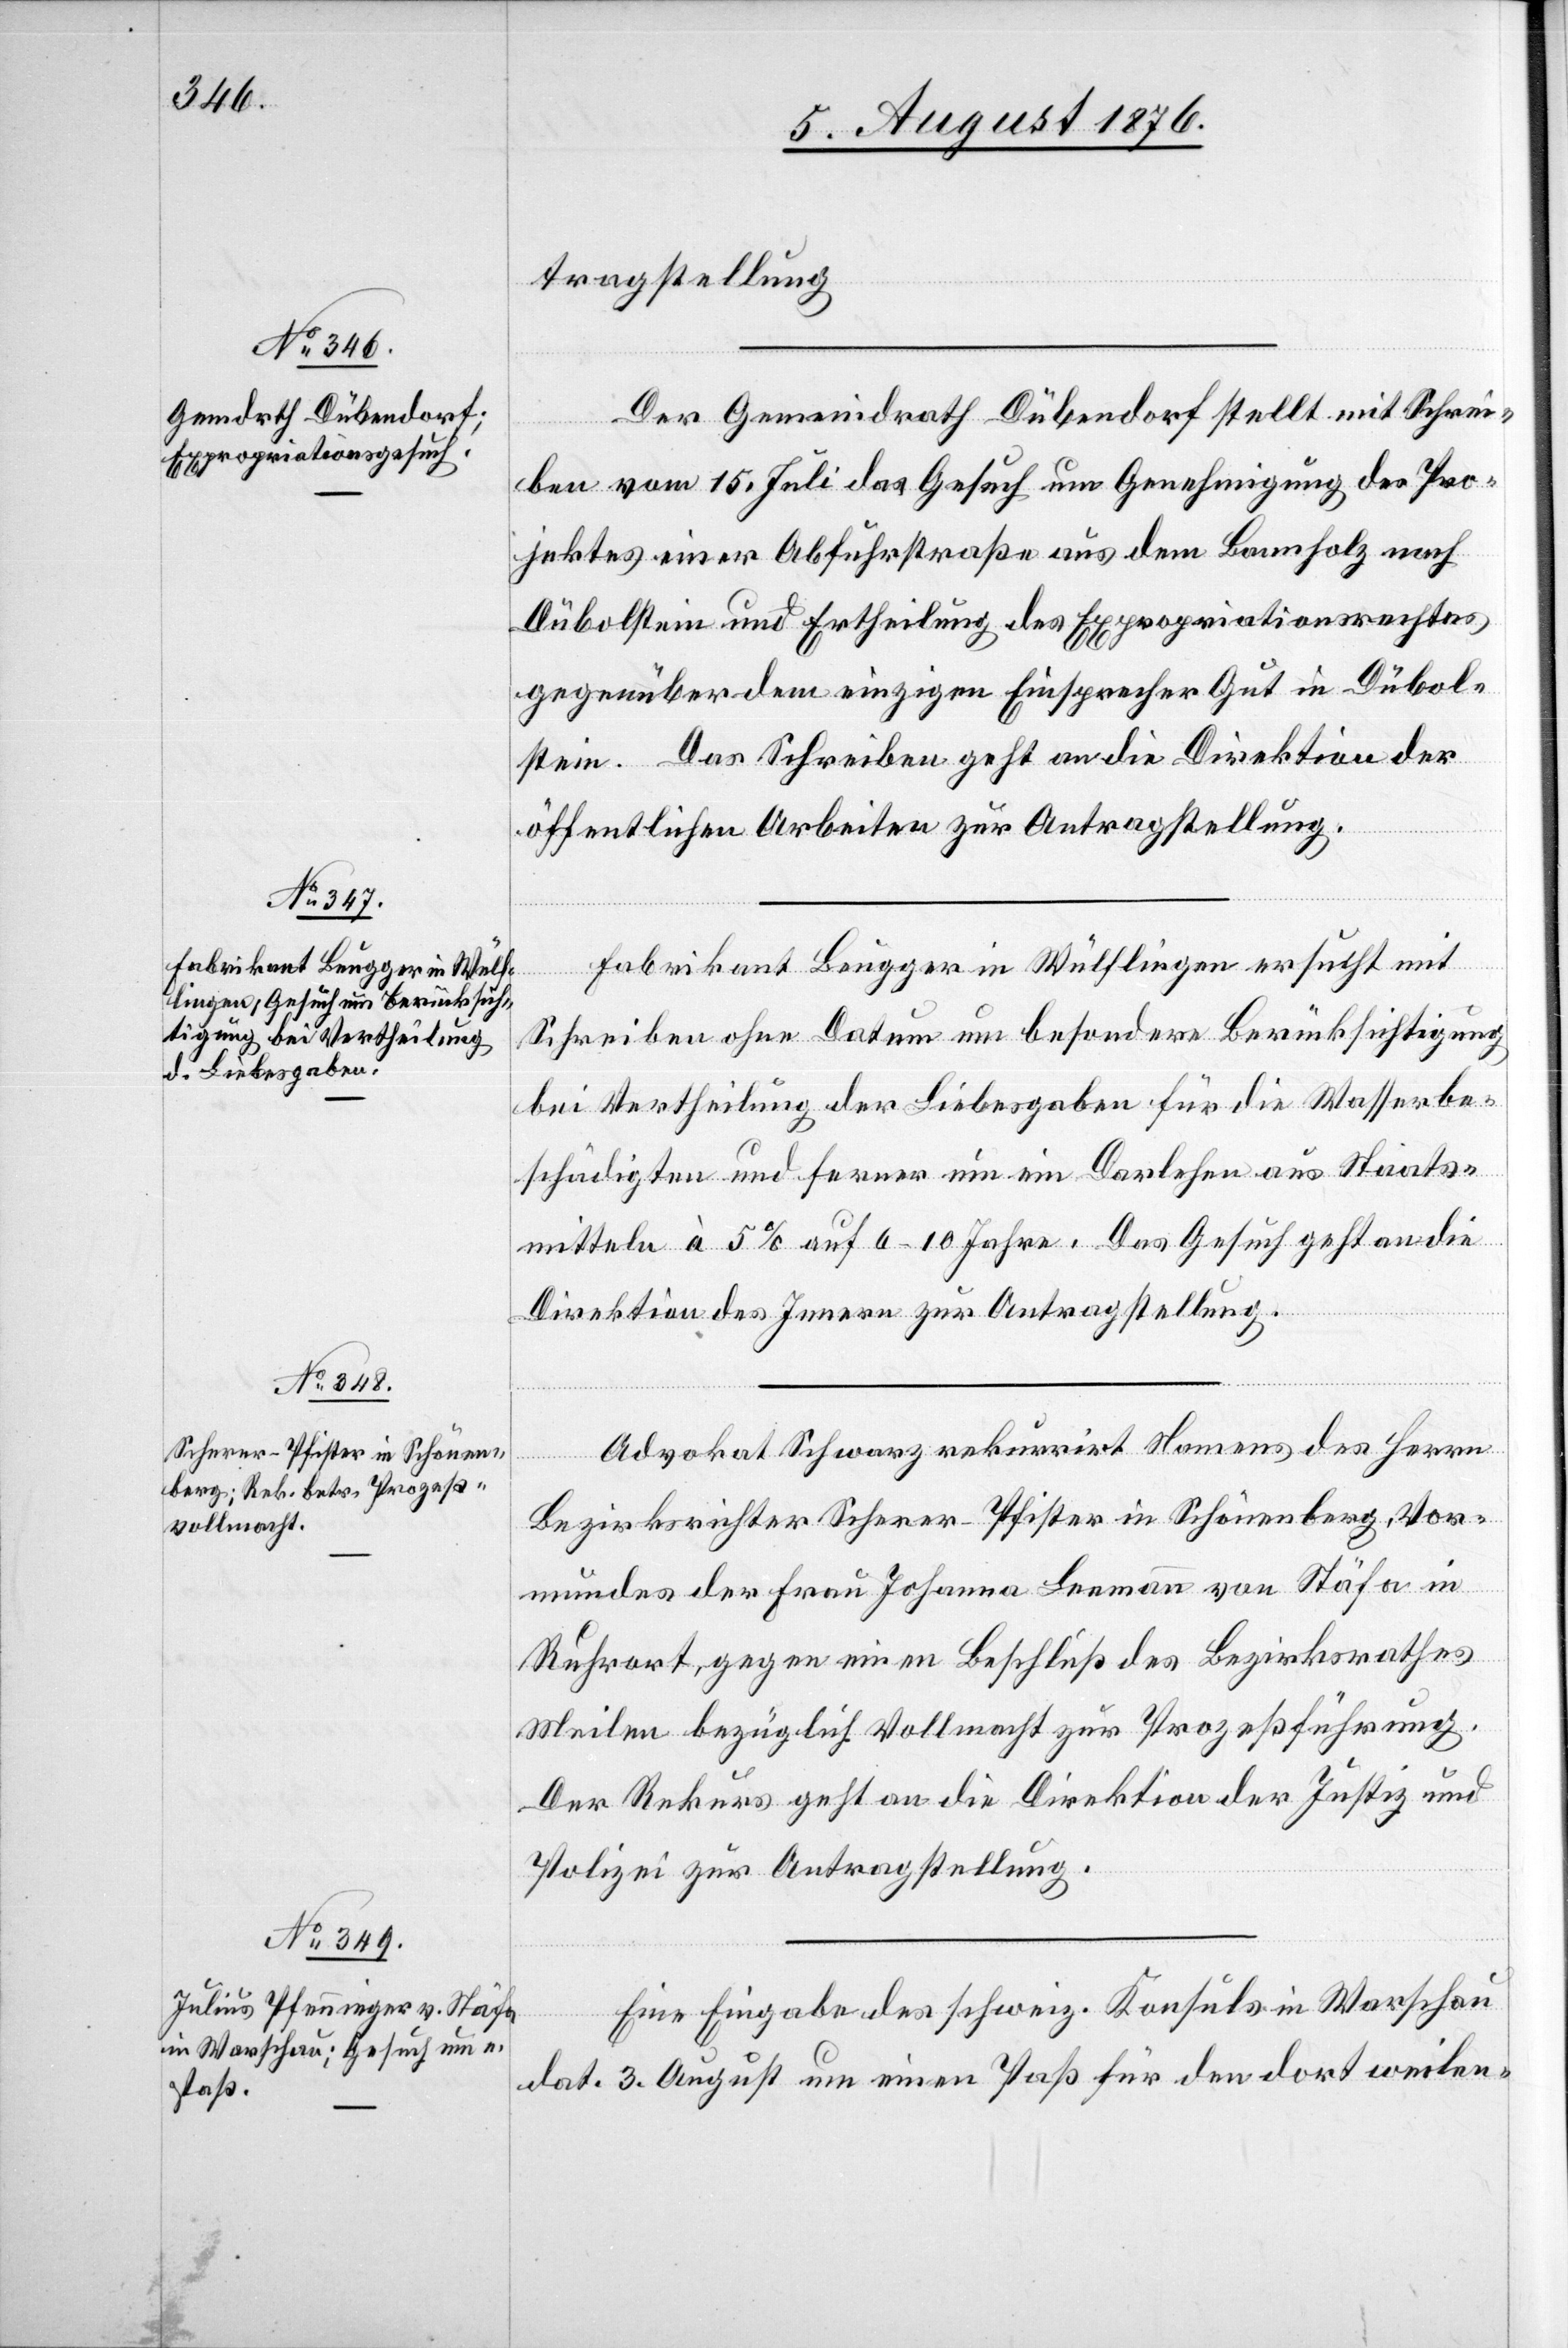
7. August 1876.]
tragstellung.
Der Gemeindrath Dübendorf stellt mit Schrei¬
ben vom 15. Juli das Gesuch um Genehmigung des Pro¬
jektes einer Abfuhrstraße aus dem Bannholz nach
Dübolstein und Ertheilung des Expropriationsrechtes
gegenüber dem einzigen Einsprechen Gut in Dübol¬
stein. Das Schreiben geht an die Direktion der
öffentlichen Arbeiten zur Antragstellung.
Fabrikant Beugger in Wülflingen ersucht mit
Schreiben ohne Datum um besondere Berücksichtigung
bei Vertheilung der Liebesgaben für die Wasserbe¬
schädigten und ferner um ein Darlehen aus Staats¬
mitteln à 5 % auf 6–10 Jahre. Das Gesuch geht an die
Direktion des Innern zur Antragstellung.
Advokat Schwarz rekurrirt Namens des Herrn
Bezirksrichter Scherer-Pfister in Schönenberg, Vor¬
mundes der Frau Johanna Leemann von Stäfa in
Ruhrort, gegen einen Beschluß des Bezirksrathes
Meilen bezüglich Vollmacht zur Prozeßführung.
Der Rekurs geht an die Direktion der Justiz und
Polizei zur Antragstellung.
Eine Eingabe des schweiz. Konsuls in Warschau
dat. 3. August um einen Paß für den dort weilen-